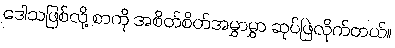
ဒေါသဖြစ်လို့ စာကို အစိတ်စိတ်အမွှာမွှာ ဆုပ်ဖြဲလိုက်တယ်။